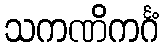
သကဏိကင်္ဂံ